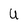
Character: U